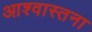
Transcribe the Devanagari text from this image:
आश्वास्तना